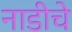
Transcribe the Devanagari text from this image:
नाडीचे